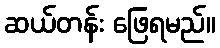
ဆယ်တန်း ဖြေရမည်။